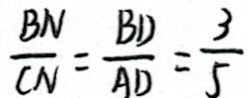
\frac { B N } { C N } = \frac { B D } { A D } = \frac { 3 } { 5 }